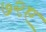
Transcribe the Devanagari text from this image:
७२ए